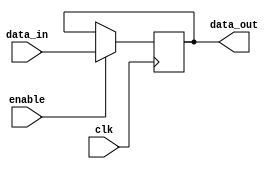
module transmission_gate_delay (
    input wire clk,
    input wire enable,
    input wire data_in,
    output reg data_out
);

reg gated_data;

always @(posedge clk) begin
    if(enable) begin
        gated_data <= data_in;
    end
end

assign data_out = gated_data;

endmodule